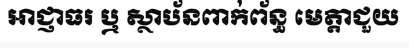
អាជ្ញាធរ ឬ ស្ថាប័នពាក់ព័ន្ធ មេត្តាជួយ